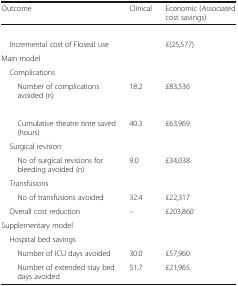
<table><thead><tr><td><b>Outcome</b></td><td><b>Clinical</b></td><td><b>Economic (Associated cost savings)</b></td></tr></thead><tbody><tr><td colspan="3">[EMPTY_CELL]</td></tr><tr><td> Incremental cost of Floseal use</td><td>[EMPTY_CELL]</td><td>£(25,577)</td></tr><tr><td colspan="3">Main model</td></tr><tr><td colspan="3"> Complications</td></tr><tr><td>Number of complications avoided (n)</td><td>18.2</td><td>£83,536</td></tr><tr><td colspan="3">[EMPTY_CELL]</td></tr><tr><td>Cumulative theatre time saved (hours)</td><td>40.3</td><td>£63,969</td></tr><tr><td colspan="3"> Surgical revision</td></tr><tr><td>No of surgical revisions for bleeding avoided (n)</td><td>9.0</td><td>£34,038</td></tr><tr><td colspan="3"> Transfusions</td></tr><tr><td>No of transfusions avoided</td><td>32.4</td><td>£22,317</td></tr><tr><td> Overall cost reduction</td><td>–</td><td>£203,860</td></tr><tr><td colspan="3">Supplementary model</td></tr><tr><td colspan="3"> Hospital bed savings</td></tr><tr><td>Number of ICU days avoided</td><td>30.0</td><td>£57,960</td></tr><tr><td>Number of extended stay bed days avoided</td><td>51.7</td><td>£21,965</td></tr></tbody></table>